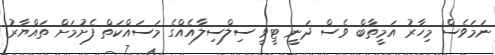
ނަމަވެސް މިހާރު އަމީތާބް ވެސް ދަނީ ޓީވީ ސިލްސިލާއެއްގެ މަސައްކަތް ފެށުމަށް ތައްޔާރު